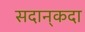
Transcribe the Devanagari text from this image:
सदान्‌कदा